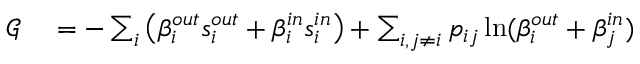
\begin{array} { r l } { \mathcal { G } } & { { } = - \sum _ { i } \left( \beta _ { i } ^ { o u t } s _ { i } ^ { o u t } + \beta _ { i } ^ { i n } s _ { i } ^ { i n } \right) + \sum _ { i , j \neq i } p _ { i j } \ln ( \beta _ { i } ^ { o u t } + \beta _ { j } ^ { i n } ) } \end{array}